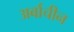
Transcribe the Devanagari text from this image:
अर्बाचीन